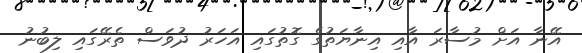
އޭނާ އަށް މުސާރަ އާއި އިނާޔަތުގެ ގޮތުގައި އަހަރު ދުވަސް ތެރޭގައި ލިބުނު